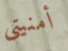
أمنيتي